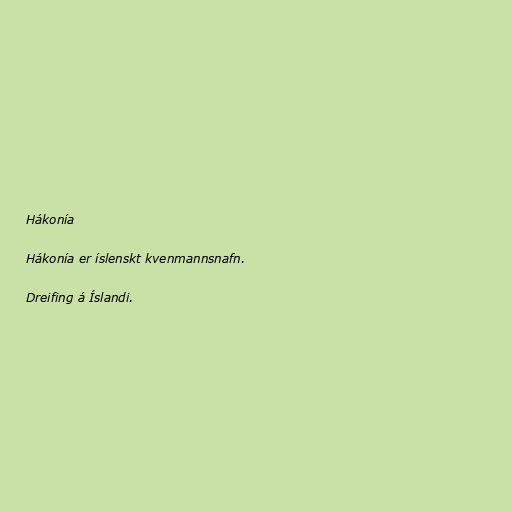
Hákonía

Hákonía er íslenskt kvenmannsnafn.

Dreifing á Íslandi.